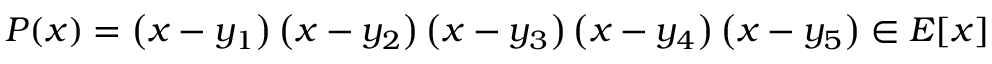
P ( x ) = \left( x - y _ { 1 } \right) \left( x - y _ { 2 } \right) \left( x - y _ { 3 } \right) \left( x - y _ { 4 } \right) \left( x - y _ { 5 } \right) \in E [ x ]